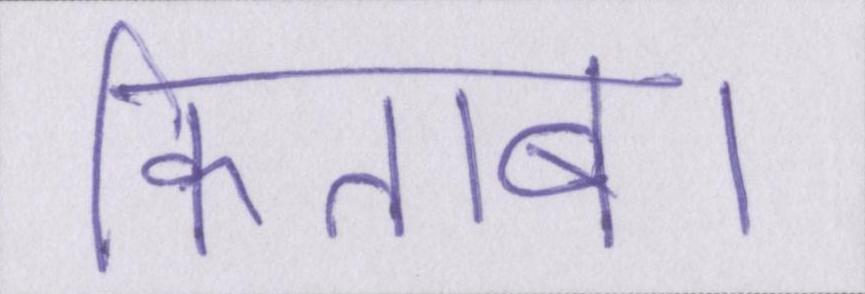
किताब।